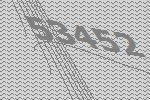
53452